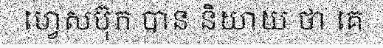
ហ្វេសប៊ុក បាន និយាយ ថា គេ